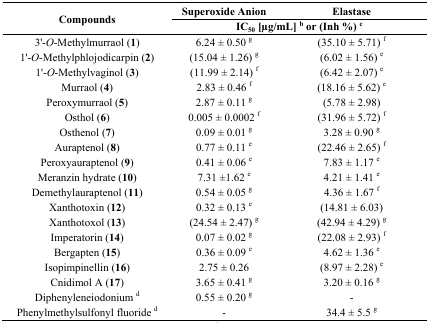
<table><thead><tr><td rowspan="2"><b>Compounds</b></td><td><b>Superoxide Anion </b></td><td><b>Elastase</b></td></tr><tr><td colspan="2"><b>IC<sub>50</sub> [μg/mL] <sup>b</sup> or (Inh %) <sup>c</sup></b></td></tr></thead><tbody><tr><td>3&#x27;-<i>O</i>-Methylmurraol (<b>1</b>)</td><td>6.24 ± 0.50 <sup>g</sup></td><td>(35.10 ± 5.71) <sup>f</sup></td></tr><tr><td>1&#x27;-<i>O</i>-Methylphlojodicarpin (<b>2</b>)</td><td>(15.04 ± 1.26) <sup>g</sup></td><td>(6.02 ± 1.56) <sup>e</sup></td></tr><tr><td>1&#x27;-<i>O</i>-Methylvaginol (<b>3</b>)</td><td>(11.99 ± 2.14) <sup>f</sup></td><td>(6.42 ± 2.07) <sup>e</sup></td></tr><tr><td>Murraol (<b>4</b>)</td><td>2.83 ± 0.46 <sup>f</sup></td><td>(18.16 ± 5.62) <sup>e</sup></td></tr><tr><td>Peroxymurraol (<b>5</b>)</td><td>2.87 ± 0.11 <sup>g</sup></td><td>(5.78 ± 2.98)</td></tr><tr><td>Osthol (<b>6</b>)</td><td>0.005 ± 0.0002 <sup>f</sup></td><td>(31.96 ± 5.72) <sup>f</sup></td></tr><tr><td>Osthenol (<b>7</b>)</td><td>0.09 ± 0.01 <sup>g</sup></td><td>3.28 ± 0.90 <sup>g</sup></td></tr><tr><td>Auraptenol (<b>8</b>)</td><td>0.77 ± 0.11 <sup>e</sup></td><td>(22.46 ± 2.65) <sup>f</sup></td></tr><tr><td>Peroxyauraptenol (<b>9</b>)</td><td>0.41 ± 0.06 <sup>e</sup></td><td>7.83 ± 1.17 <sup>e</sup></td></tr><tr><td>Meranzin hydrate (<b>10</b>)</td><td>7.31 ±1.62 <sup>e</sup></td><td>4.21 ± 1.41 <sup>e</sup></td></tr><tr><td>Demethylauraptenol (<b>11</b>)</td><td>0.54 ± 0.05 <sup>g</sup></td><td>4.36 ± 1.67 <sup>f</sup></td></tr><tr><td>Xanthotoxin (<b>12</b>)</td><td>0.32 ± 0.13 <sup>e</sup></td><td>(14.81 ± 6.03)</td></tr><tr><td>Xanthotoxol (<b>13</b>)</td><td>(24.54 ± 2.47) <sup>g</sup></td><td>(42.94 ± 4.29) <sup>g</sup></td></tr><tr><td>Imperatorin (<b>14</b>)</td><td>0.07 ± 0.02 <sup>g</sup></td><td>(22.08 ± 2.93) <sup>f</sup></td></tr><tr><td>Bergapten (<b>15</b>)</td><td>0.36 ± 0.09 <sup>e</sup></td><td>4.62 ± 1.36 <sup>e</sup></td></tr><tr><td>Isopimpinellin (<b>16</b>)</td><td>2.75 ± 0.26</td><td>(8.97 ± 2.28) <sup>e</sup></td></tr><tr><td>Cnidimol A (<b>17</b>)</td><td>3.65 ± 0.41 <sup>g</sup></td><td>3.20 ± 0.16 <sup>g</sup></td></tr><tr><td>Diphenyleneiodonium <sup>d</sup></td><td>0.55 ± 0.20 <sup>g</sup></td><td>-</td></tr><tr><td>Phenylmethylsulfonyl fluoride <sup>d</sup></td><td>-</td><td>34.4 ± 5.5 <sup>g</sup></td></tr></tbody></table>